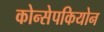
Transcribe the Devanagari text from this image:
कोन्सेपकियोन